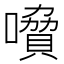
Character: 𡀺